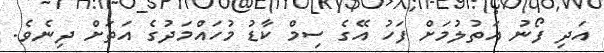
އަދި ފޯނު އަތުލުމަށް ފަހު އޭގެ ސިމް ކާޑު މުހައްމަދުގެ އަތަށް ދިނެވެ.